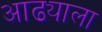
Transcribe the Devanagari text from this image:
आढ्याला